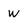
Character: W